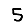
Digit: 5